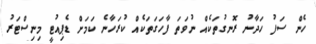
ހެން ސަފު ހަދާނު ރޮނގުތަކެއް ނުވަތަ ފާހަގަތަކެއް ކުރަހާނެ ކަމަށް ޑެޕިއުޓީ މިނިސްޓަރު